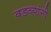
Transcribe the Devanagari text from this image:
बडव्यांनी